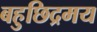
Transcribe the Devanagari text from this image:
बहुछिद्रमय